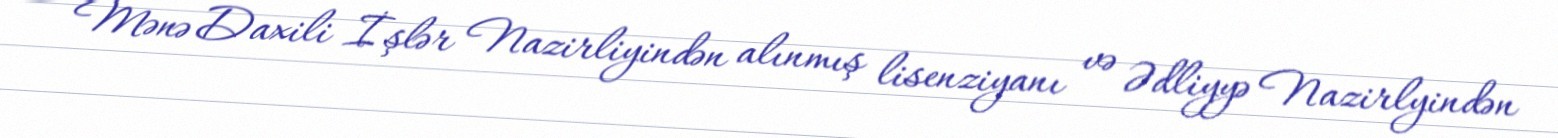
Mənə Daxili İşlər Nazirliyindən alınmış lisenziyanı və Ədliyyə Nazirlyindən